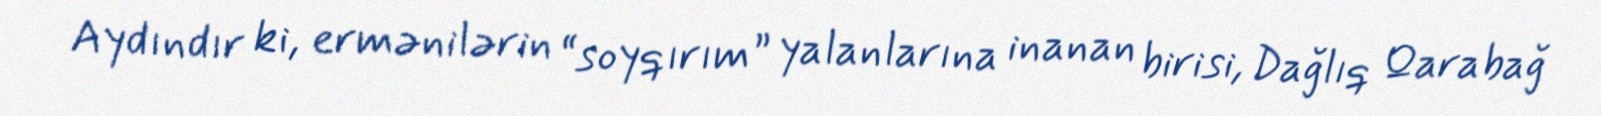
Aydındır ki, ermənilərin “soyqırım” yalanlarına inanan birisi, Dağlıq Qarabağ